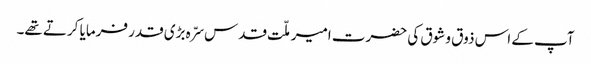
آپ کے اس ذوق و شوق کی حضرت امیر ملّت قدس سرّہ بڑی قدر فرمایا کرتے تھے۔